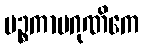
ပဉ္စကာမဂုဏိကေ